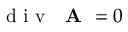
\textrm { d i v } \ \textbf { A } = 0